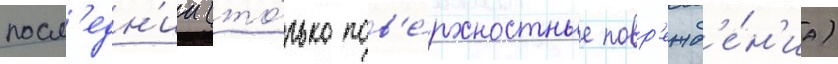
посл'едн'ии (то́лько пов'е́рхностные повр'ежд'е́н'иа)